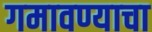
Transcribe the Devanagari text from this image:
गमावण्याचा